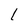
Character: l